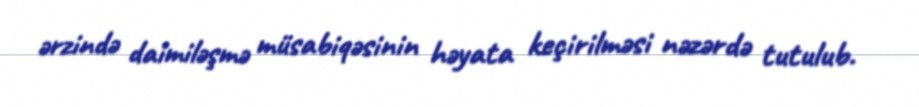
ərzində daimiləşmə müsabiqəsinin həyata keçirilməsi nəzərdə tutulub.